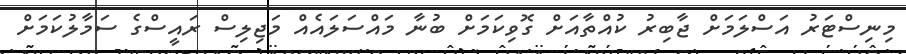
މިނިސްޓަރު އަސްލަމަށް ޖާބިރު ކުއްތާއަށް ގޮވިކަމަށް ބުނާ މައްސަލައެއް މަޖިލިސް ރައީސްގެ ސަމާލުކަމަށް